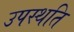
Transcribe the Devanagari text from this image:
उपस्थति